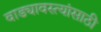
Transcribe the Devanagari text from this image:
वाड्यावस्त्यांसाठी